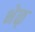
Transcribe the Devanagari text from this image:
भेळ्